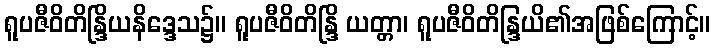
ရူပဇီဝိတိန္ဒြိယနိဒ္ဒေသ၌။ ရူပဇီဝိတိန္ဒြိ ယတ္တာ၊ ရူပဇီဝိတိန္ဒြယိ၏အဖြစ်ကြောင့်။